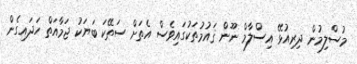
މުސްލިމުން ދިރިއުޅޭ އިސްލާމް ނޫން ޤައުމުތަކުގައިވެސް އެތަށް ސަތޭކަ ބަޔަކު ޖަމާއަތް ހަދައިގެން